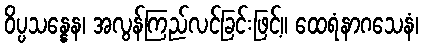
ဝိပ္ပသန္နေန၊ အလွန်ကြည်လင်ခြင်းဖြင့်။ ထေရံနာဂသေနံ၊